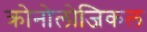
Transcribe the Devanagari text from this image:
क्रोनोलोजिकल